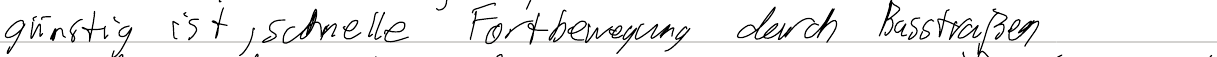
günstig ist, schnelle Fortbewegung durch Busstraßen